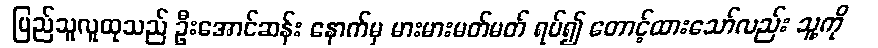
ပြည်သူလူထုသည် ဦးအောင်ဆန်း နောက်မှ မားမားမတ်မတ် ရပ်၍ တောင့်ထားသော်လည်း သူ့ကို